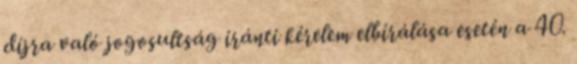
díjra való jogosultság iránti kérelem elbírálása esetén a 40.